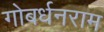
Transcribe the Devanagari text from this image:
गोबर्धनराम